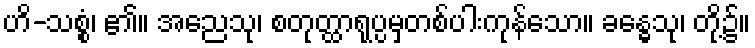
ဟိ-သစ္စံ၊ ၏။ အညေသု၊ စတုတ္ထာရုပ္ပမှတစ်ပါးကုန်သော။ ခန္ဓေသု၊ တို့၌။